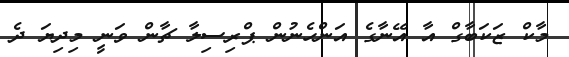
މާކް ޒަކަބާގް އާ އޭނާގެ އަންހެނުން ޕްރިސިލާ ޗާން ވަނީ މިދިޔަ ދެ